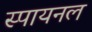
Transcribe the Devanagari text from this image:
स्पायनल